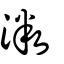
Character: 溦